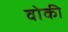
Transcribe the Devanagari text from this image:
वोकी